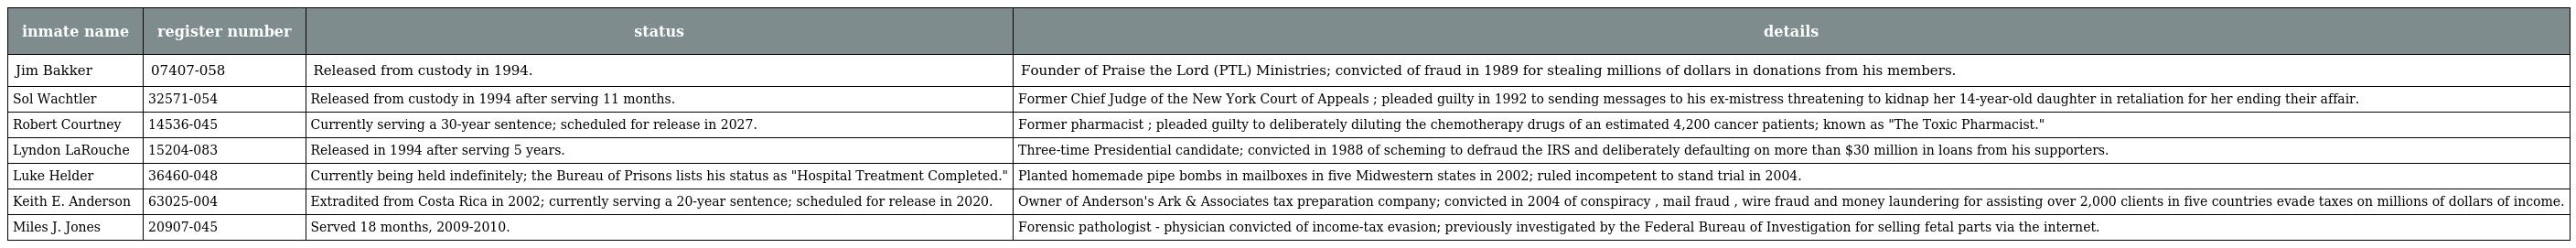
| inmate name | register number | status | details |
 | --- | --- | --- | --- |
 | Jim Bakker | 07407-058 | Released from custody in 1994. | Founder of Praise the Lord (PTL) Ministries; convicted of fraud in 1989 for stealing millions of dollars in donations from his members. |
 | Sol Wachtler | 32571-054 | Released from custody in 1994 after serving 11 months. | Former Chief Judge of the New York Court of Appeals ; pleaded guilty in 1992 to sending messages to his ex-mistress threatening to kidnap her 14-year-old daughter in retaliation for her ending their affair. |
 | Robert Courtney | 14536-045 | Currently serving a 30-year sentence; scheduled for release in 2027. | Former pharmacist ; pleaded guilty to deliberately diluting the chemotherapy drugs of an estimated 4,200 cancer patients; known as "The Toxic Pharmacist." |
 | Lyndon LaRouche | 15204-083 | Released in 1994 after serving 5 years. | Three-time Presidential candidate; convicted in 1988 of scheming to defraud the IRS and deliberately defaulting on more than $30 million in loans from his supporters. |
 | Luke Helder | 36460-048 | Currently being held indefinitely; the Bureau of Prisons lists his status as "Hospital Treatment Completed." | Planted homemade pipe bombs in mailboxes in five Midwestern states in 2002; ruled incompetent to stand trial in 2004. |
 | Keith E. Anderson | 63025-004 | Extradited from Costa Rica in 2002; currently serving a 20-year sentence; scheduled for release in 2020. | Owner of Anderson's Ark & Associates tax preparation company; convicted in 2004 of conspiracy , mail fraud , wire fraud and money laundering for assisting over 2,000 clients in five countries evade taxes on millions of dollars of income. |
 | Miles J. Jones | 20907-045 | Served 18 months, 2009-2010. | Forensic pathologist - physician convicted of income-tax evasion; previously investigated by the Federal Bureau of Investigation for selling fetal parts via the internet. |